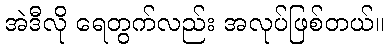
အဲဒီလို ရေတွက်လည်း အလုပ်ဖြစ်တယ်။